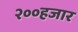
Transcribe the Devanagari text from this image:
२००हजार